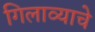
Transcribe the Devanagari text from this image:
गिलाव्याचे